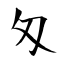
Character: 匁